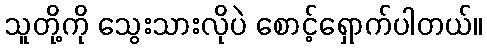
သူတို့ကို သွေးသားလိုပဲ စောင့်ရှောက်ပါတယ်။